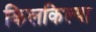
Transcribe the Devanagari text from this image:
किलकिल्या